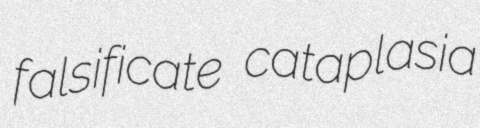
falsificate cataplasia